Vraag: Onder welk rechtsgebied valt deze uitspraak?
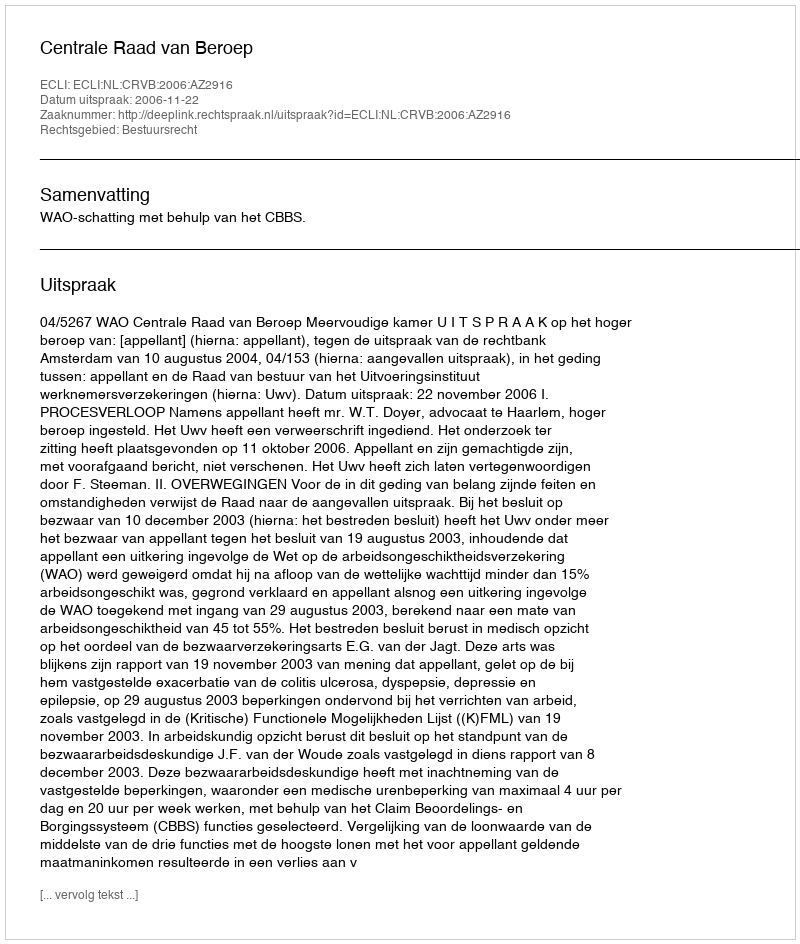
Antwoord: Bestuursrecht